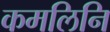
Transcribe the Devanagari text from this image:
कमलिनि